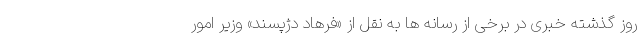
روز گذشته خبری در برخی از رسانه ها به نقل از «فرهاد دژپسند» وزیر امور